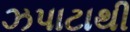
ઝપાટાથી